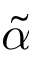
\tilde { \alpha }